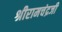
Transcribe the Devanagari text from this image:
श्रीरामचंद्रजी